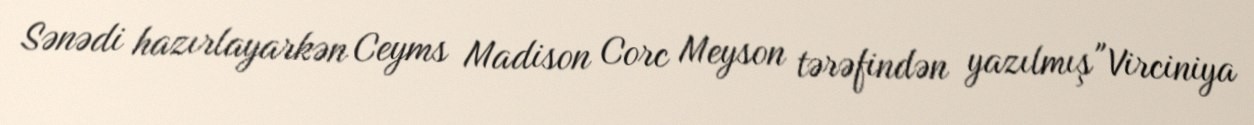
Sənədi hazırlayarkən Ceyms Madison Corc Meyson tərəfindən yazılmış "Virciniya